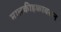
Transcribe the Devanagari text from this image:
मालकीहक्कावरून